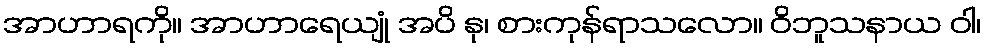
အာဟာရကို။ အာဟာရေယျုံ အပိ နု၊ စားကုန်ရာသလော။ ဝိဘူသနာယ ဝါ၊